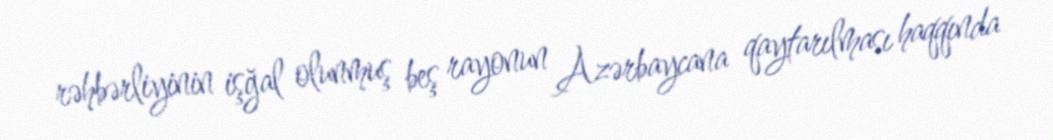
rəhbərliyinin işğal olunmuş beş rayonun Azərbaycana qaytarılması haqqında